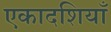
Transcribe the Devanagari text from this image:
एकादशियाँ